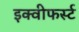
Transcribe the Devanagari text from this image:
इक्वीफर्स्ट